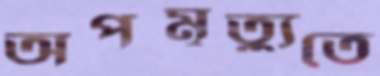
অপমৃত্যুতে